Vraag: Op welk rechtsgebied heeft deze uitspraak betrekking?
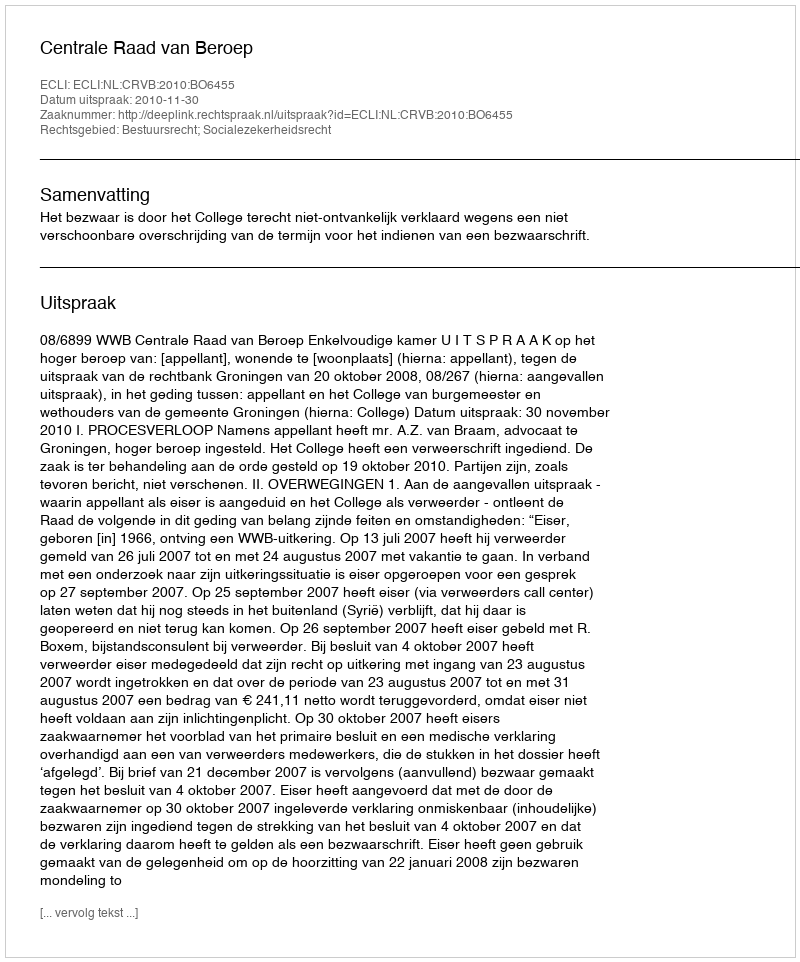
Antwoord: Bestuursrecht; Socialezekerheidsrecht